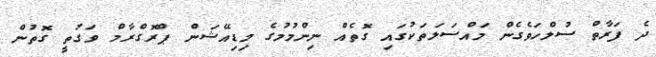
ދެ ފަރާތް ސުލްހަވެގެން މައްސަލަތަކުގައި ގޮތެއް ނިންމުމުގެ މިޑިއޭޝަން ޕްރޮގްރާމް ވަގުތީ ގޮތުން